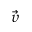
\vec { \upsilon }